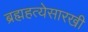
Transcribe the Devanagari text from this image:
ब्रह्महत्येसारखी